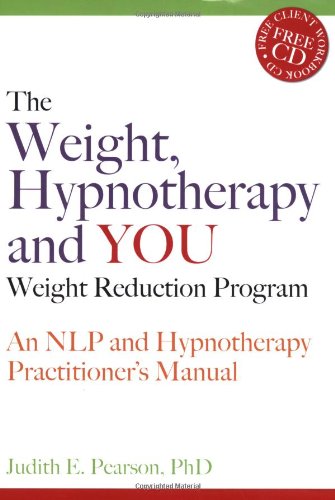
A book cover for The Weight, Hypnotherapy and You Weight Reduction Program: An NLP and Hypnotherapy Practitioner's Manual [With CDROM]; Judith E. Pearson; Health, Fitness & Dieting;